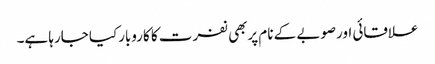
علاقائی اورصوبے کے نام پربھی نفرت کا کاروبارکیا جارہا ہے۔